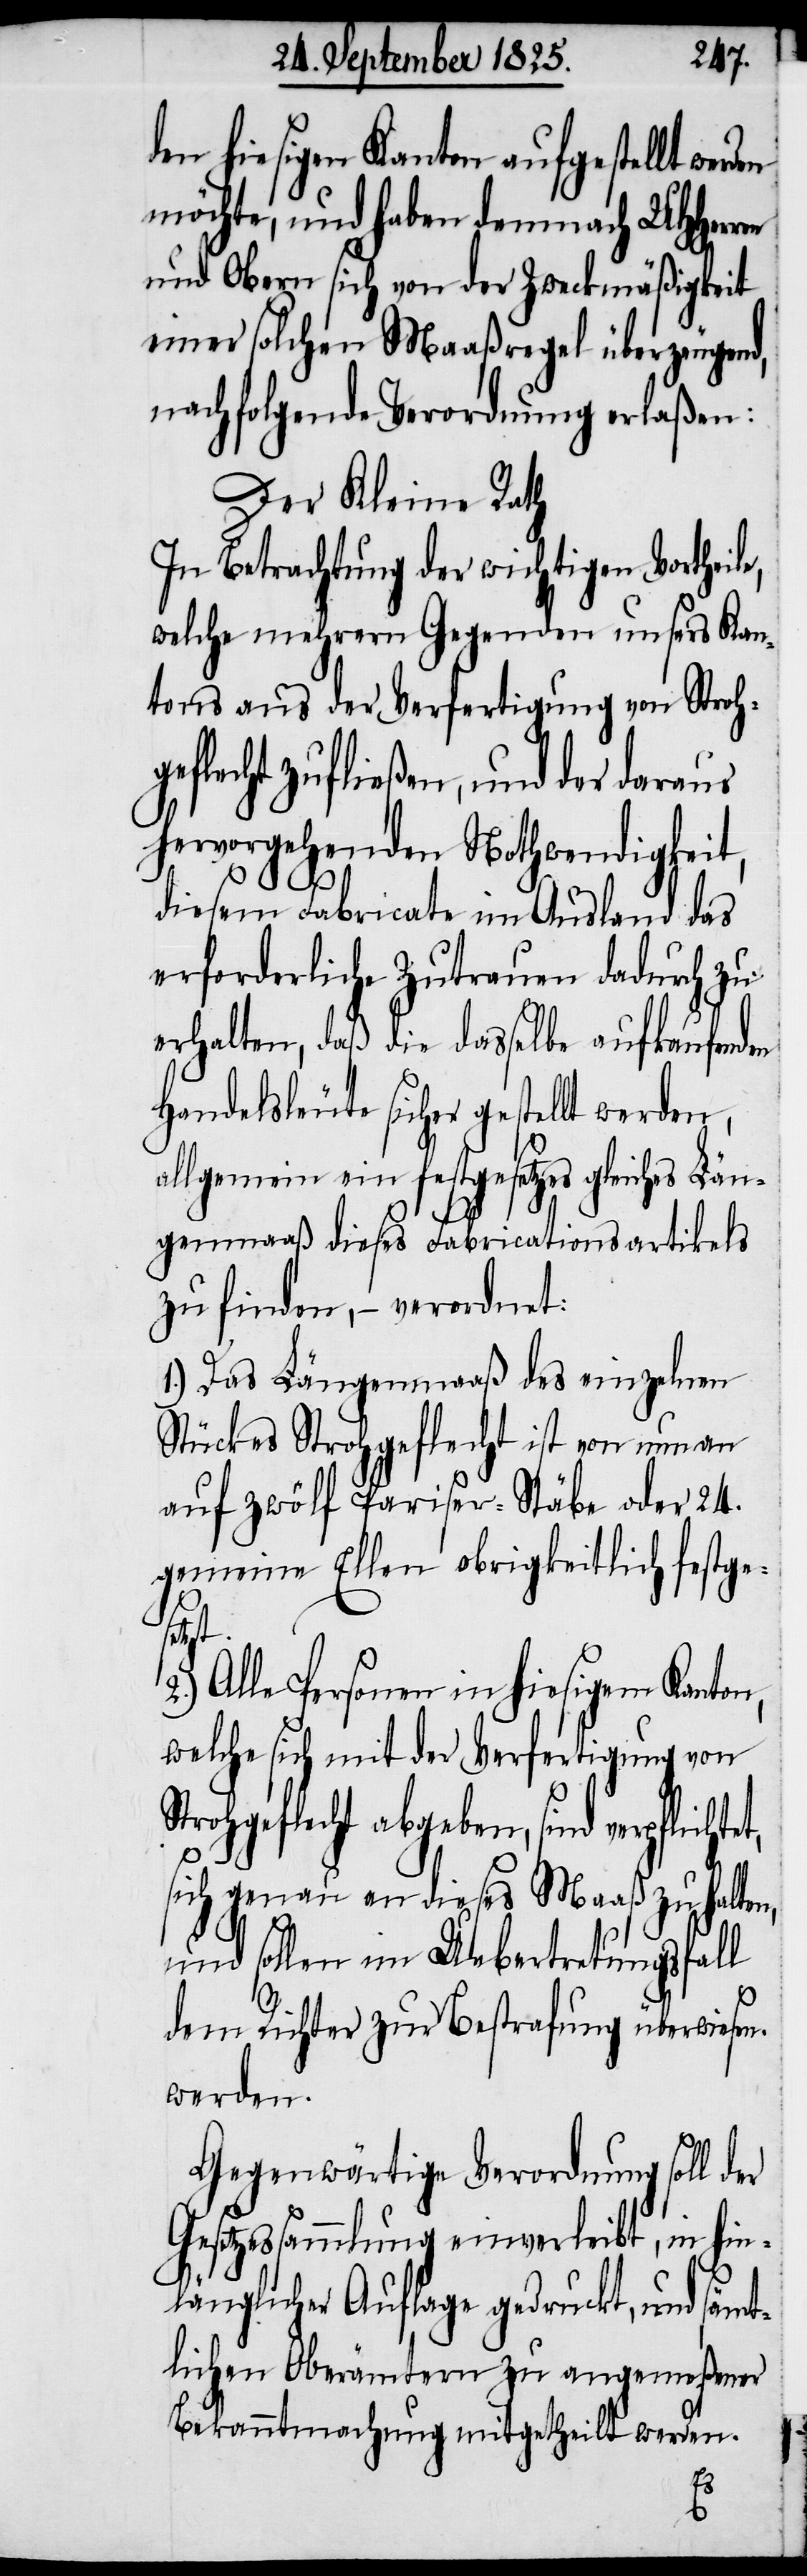
den hiesigen Kanton aufgestellt werd¬
möchte, und haben demnach UHHerren
und Obern sich von der Zweckmäßigkeit
einer solchen Maaßregel überzeugend,
nachfolgende Verordnung erlaßen:
Der Kleine Rath
In Betrachtung der wichtigen Vortheile,
welche mehrern Gegenden unsers Kan¬
tons aus der Verfertigung von Strohg¬
eflecht zufließen, und der daraus
hervorgehenden Nothwendigkeit,
diesem Fabricate im Ausland das
erforderliche Zutrauen dadurch zu
erhalten, daß die dasselbe aufkaufenden
Handelsleute sicher gestellt werden,
allgemeine ein festgesetztes gleiches Län¬
genmaaß dieses Fabricationsartikels
zu finden, – verordnet:
1.) Das Längenmaaß des einzelnen
Stückes Strohgeflecht ist von nun an
auf zwölf Pariser–Stäbe oder 24.
gemeine Ellen obrigkeitlich festge¬
et,
Alle Personen in hiesigem Kanton,
welche sich mit der Verfertigung von
Strohgeflecht abgeben, sind verpflicht¬
sich genau an dieses Maaß zu halten,
und sollen im Uebertretungsfall
dem Richter zur Bestrafung überwiesen
werden.
Gegenwärtige Verordnung soll der
Gesetzessammlung einverleibt, in hin¬
länglicher Auflage gedruckt, und sämt¬
lichen Oberämtern zu angemeßener
Bekanntmachung mitgetheilt werden.